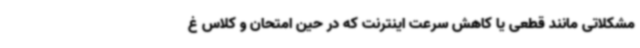
مشکلاتی مانند قطعی یا کاهش سرعت اینترنت که در حین امتحان و کلاس غ